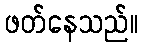
ဖတ်နေသည်။